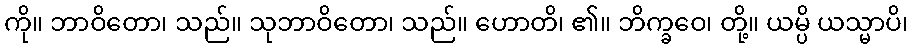
ကို။ ဘာဝိတော၊ သည်။ သုဘာဝိတော၊ သည်။ ဟောတိ၊ ၏။ ဘိက္ခဝေ၊ တို့။ ယမ္ပိ ယသ္မာပိ၊